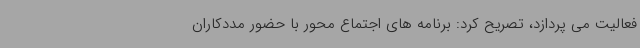
فعالیت می پردازد، تصریح کرد: برنامه های اجتماع محور با حضور مددکاران